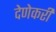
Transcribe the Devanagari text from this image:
देणेकरी